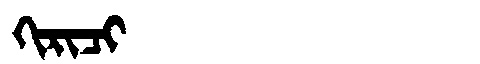
Manchu: ᡴᡳᡵᡳᠴᡳ
Romanization: KIRICI